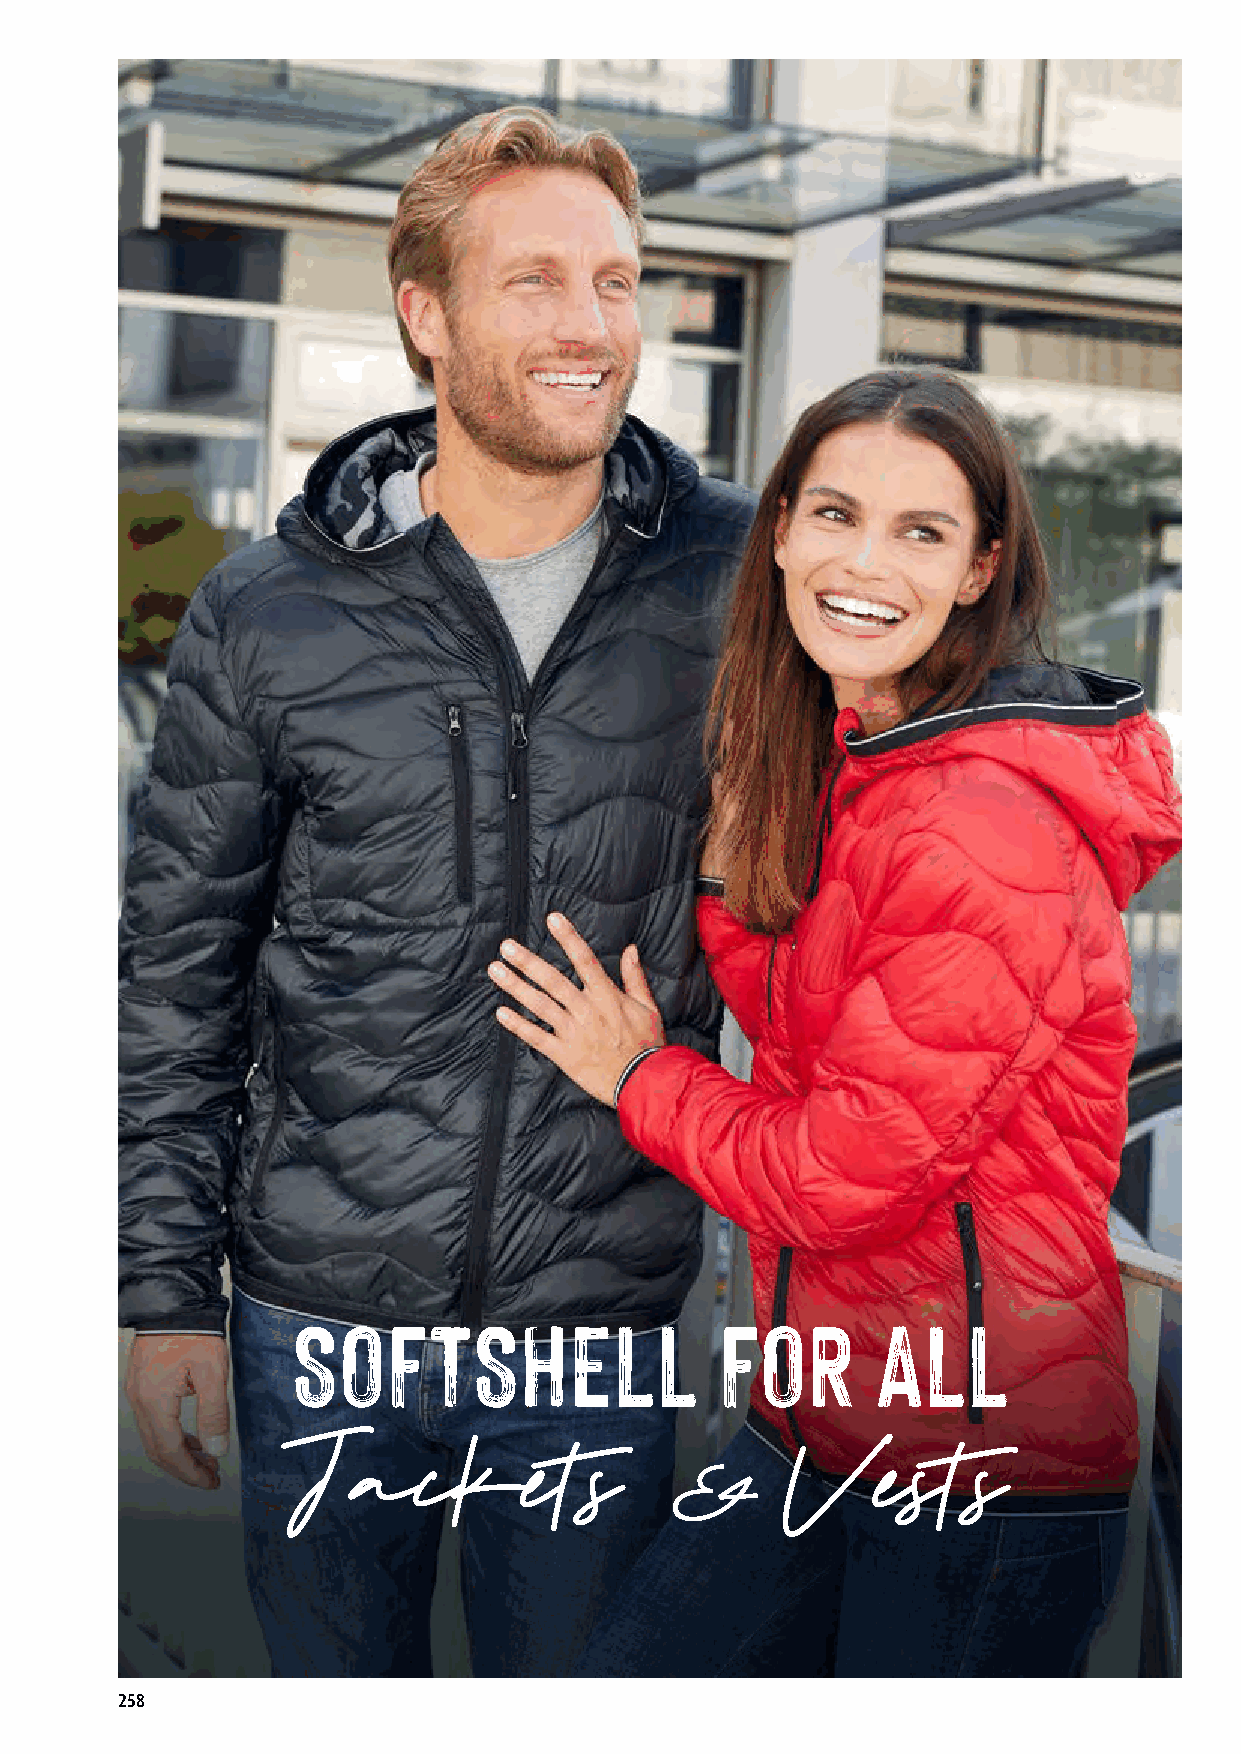
SOFTSHELL                    FOR       ALL
 Jackets                         Vests
 &
 258